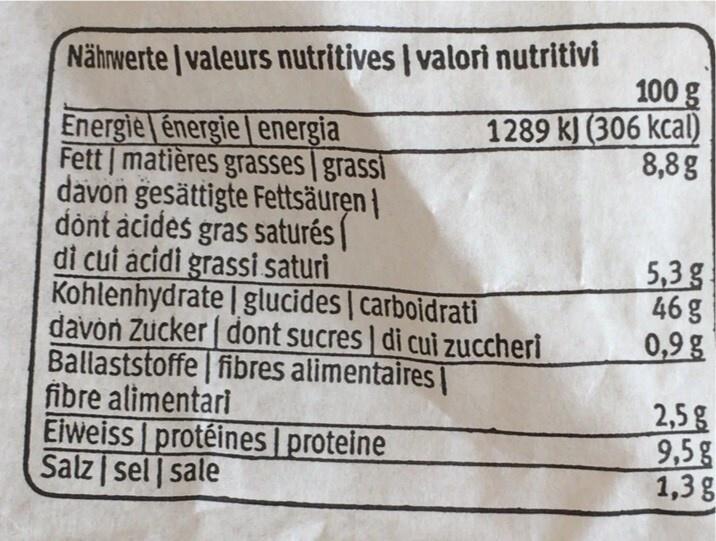
Nährwerte | valeurs nutritives | valori nutritivi
Energie énergie energia Fett | matières grasses | grassi davon gesättigte Fettsäuren dont acides gras saturés di cui acidi grassi saturi Kohlenhydrate glucides | carboidrati
davon Zucker | dont sucres | di cui zuccheri
Ballaststoffe fibres alimentaires
fibre alimentari
Eiweiss | protéines | proteine Salz sel sale
100 g
1289 kJ (306 kcal) 8,8g
5,3 g
46 g
0,9 g
2,5 g
9,5 g
1,3 g